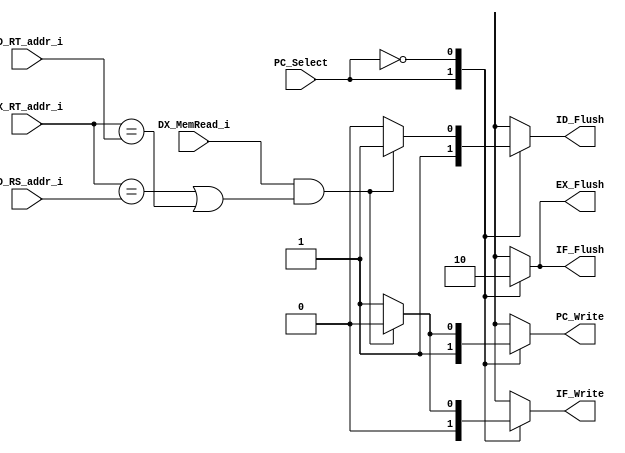
//Subject:     CO project 5 - HazardDetectUnit
//--------------------------------------------------------------------------------
//Version:     1
//--------------------------------------------------------------------------------
//Writer:      Ling Yin-Tao
//----------------------------------------------
//Date:        6/13
//----------------------------------------------
//Description:
//--------------------------------------------------------------------------------
module HazardDetectUnit(
    PC_Select,
    FD_RS_addr_i,
    FD_RT_addr_i,
    DX_RT_addr_i,
    DX_MemRead_i,
    PC_Write,
    IF_Write,
	IF_Flush,
    ID_Flush,
    EX_Flush
	);

//I/O ports
input              PC_Select; // branch
input      [5-1:0] FD_RS_addr_i;
input      [5-1:0] FD_RT_addr_i;
input      [5-1:0] DX_RT_addr_i;
input              DX_MemRead_i;

output             PC_Write;
output             IF_Write;
output             IF_Flush;
output             ID_Flush;
output             EX_Flush;

reg                PC_Write;
reg                IF_Write;
reg                IF_Flush;
reg                ID_Flush;
reg                EX_Flush;

//Internal signal

always @(*) begin
	case(PC_Select)
		 1'b1: begin
			  PC_Write <= 1'b1;
			  IF_Write <= 1'b0;
			  IF_Flush <= 1'b1;
			  ID_Flush <= 1'b1;
			  EX_Flush <= 1'b1;
		 end
		 1'b0: begin
			  if(DX_MemRead_i & ((DX_RT_addr_i == FD_RS_addr_i) | (DX_RT_addr_i == FD_RT_addr_i))) begin
					PC_Write <= 1'b0;
					IF_Write <= 1'b0;
					IF_Flush <= 1'b0;
					ID_Flush <= 1'b1;
					EX_Flush <= 1'b0;
			  end
			  else begin
					PC_Write <= 1'b1;
					IF_Write <= 1'b1;
					IF_Flush <= 1'b0;
					ID_Flush <= 1'b0;
					EX_Flush <= 1'b0;
			  end
		 end
	endcase
end

endmodule